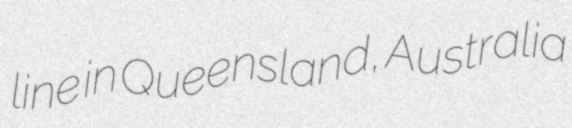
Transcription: line in Queensland, Australia